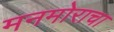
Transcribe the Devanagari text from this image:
मनमोराचा